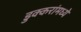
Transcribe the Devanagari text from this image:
डुक्करांमध्ये